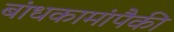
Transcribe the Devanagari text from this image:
बांधकामांपैकी